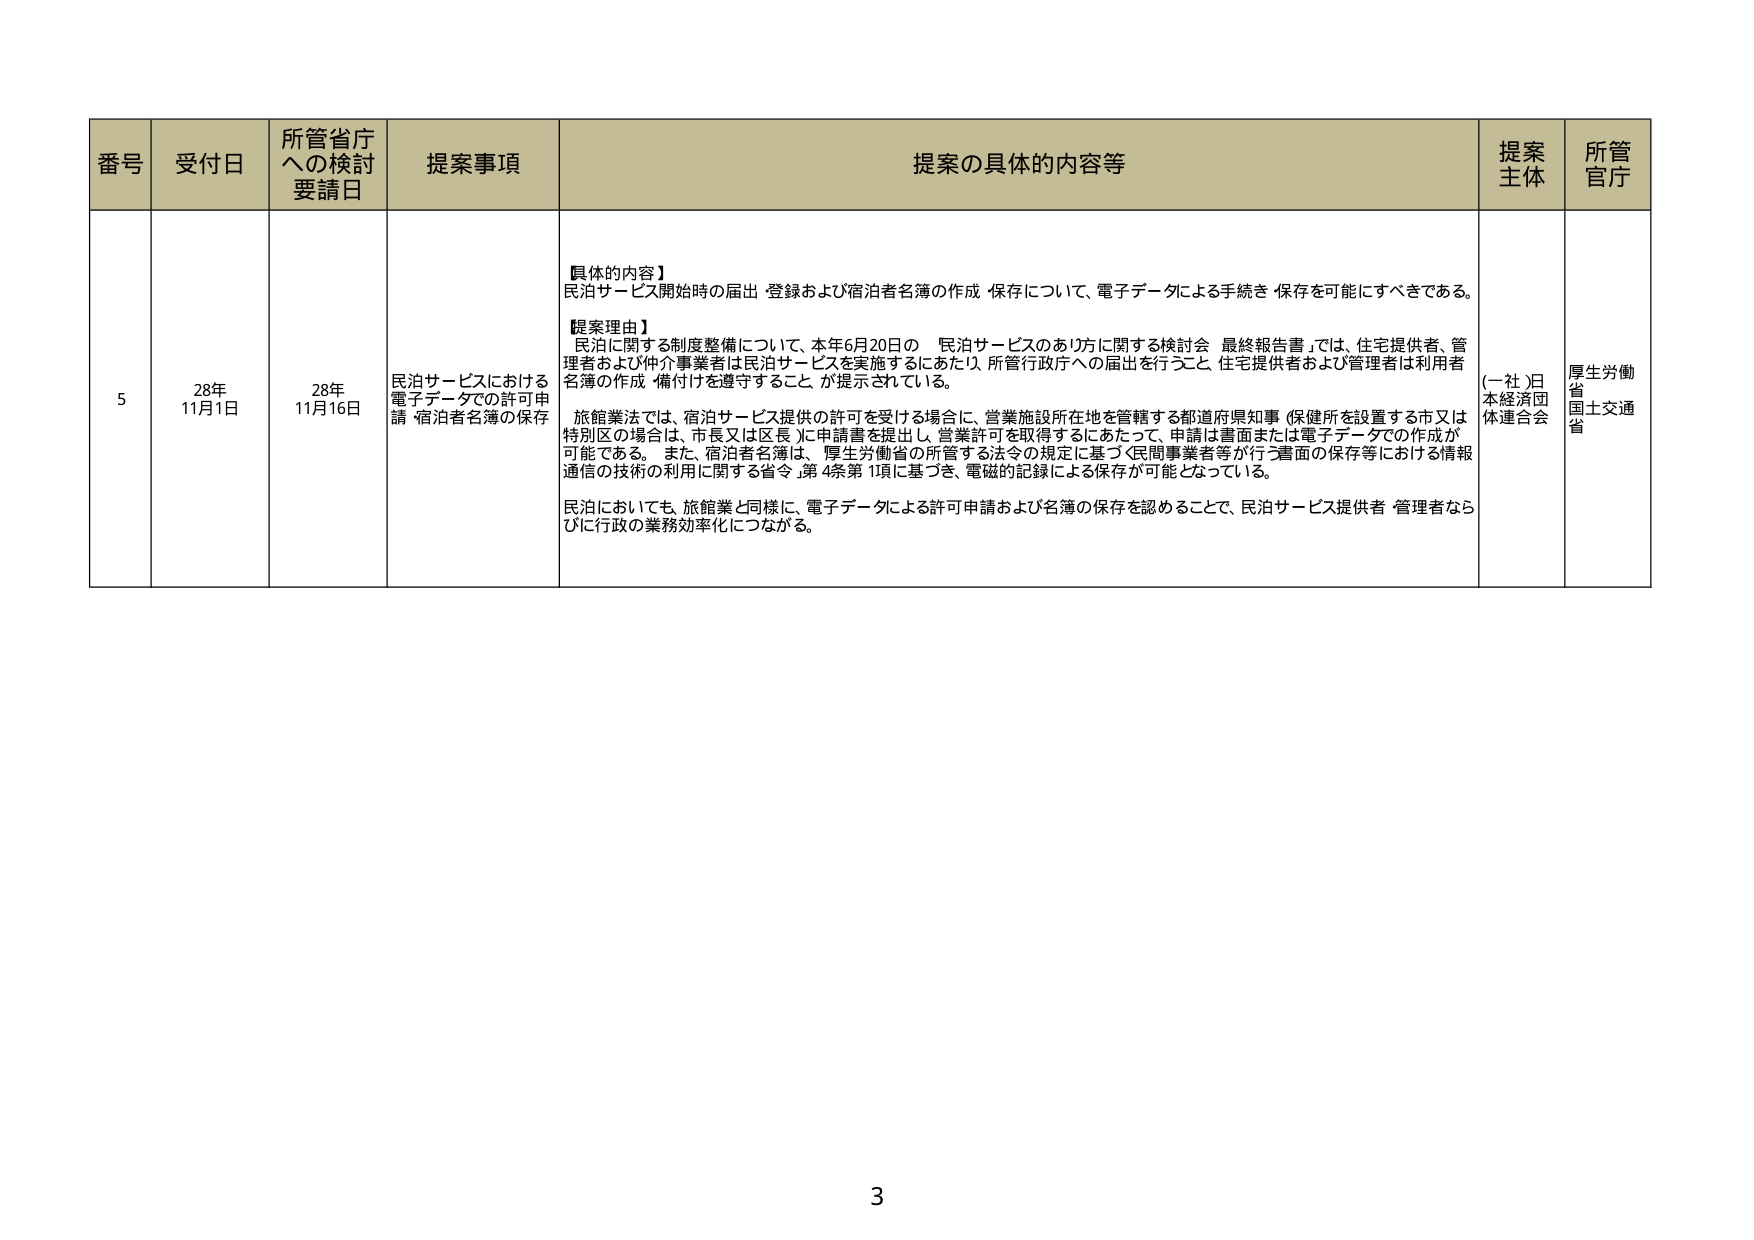
番号 受付日 所管省庁への検討要請日 提案事項 提案の具体的内容等 提案主体 所管官庁
5 28年11月1日 28年11月16日 民泊サービスにおける電子データでの許可申請・宿泊者名簿の保存 【具体的内容】民泊サービス開始時の届出・登録および宿泊者名簿の作成・保存について、電子データによる手続き・保存を可能にすべきである。【提案理由】民泊に関する制度整備について、本年6月20日の「民泊サービスのあり方に関する検討会 最終報告書」では、住宅提供者、管理者および仲介事業者は民泊サービスを実施するにあたり、所管行政庁への届出を行うこと、住宅提供者および管理者は利用者名簿の作成・備付けを遵守すること、が提示されている。旅館業法では、宿泊サービス提供の許可を受ける場合に、営業施設所在地を管轄する都道府県知事（保健所を設置する市又は特別区の場合は、市長又は区長）に申請書を提出し、営業許可を取得するにあたって、申請は書面または電子データでの作成が可能である。また、宿泊者名簿は、厚生労働省の所管する法令の規定に基づく民間事業者等が行う書面の保存等における情報通信の技術の利用に関する省令第4条第1項に基づき、電磁的記録による保存が可能となっている。民泊においても、旅館業と同様に、電子データによる許可申請および名簿の保存を認めることで、民泊サービス提供者・管理者ならびに行政の業務効率化につながる。 (一社)日本経済団体連合会 厚生労働省 国土交通省
3